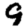
Digit: 9